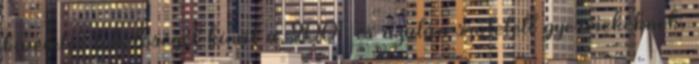
kivételes lehetőséget kínál a 2001, és azután született gyermekeknek.